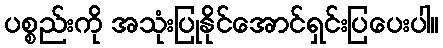
ပစ္စည်းကို အသုံးပြုနိုင်အောင်ရှင်းပြပေးပါ။